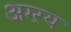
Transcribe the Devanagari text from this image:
अग्ऱय